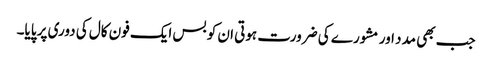
جب بھی مدد اور مشورے کی ضرورت ہوتی ان کو بس ایک فون کال کی دوری پر پایا۔